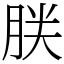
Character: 𰮤